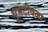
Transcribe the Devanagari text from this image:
घुमटीवजा